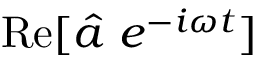
\operatorname { R e } [ \hat { a } ~ e ^ { - i \omega t } ]